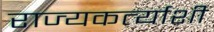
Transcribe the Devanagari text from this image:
राज्यकर्त्याशी